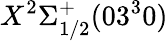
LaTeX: X^{2}\Sigma_{1/2}^{+}(03^{3}0)